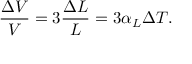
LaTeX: { \frac { \Delta V } { V } } = 3 { \frac { \Delta L } { L } } = 3 \alpha _ { L } \Delta T .